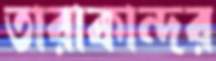
তারাকান্দর